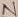
Text: N